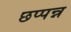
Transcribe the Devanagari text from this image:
छप्पन्न